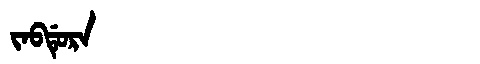
Manchu: ᠵᠠᠪᡩᡠᡵᠠ
Romanization: JABDURA